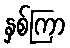
နှစ်ကြာ